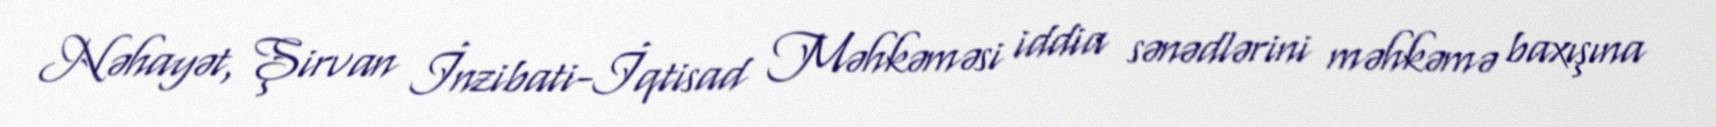
Nəhayət, Şirvan İnzibati-İqtisad Məhkəməsi iddia sənədlərini məhkəmə baxışına